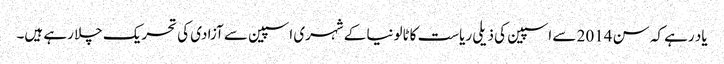
یاد رہے کہ سن 2014 سے اسپین کی ذیلی ریاست کاٹالونیا کے شہری اسپین سے آزادی کی تحریک چلا رہے ہیں۔